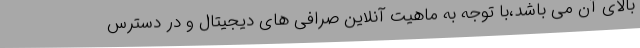
بالای آن می باشد،با توجه به ماهیت آنلاین صرافی های دیجیتال و در دسترس